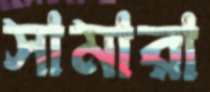
সামারা